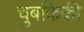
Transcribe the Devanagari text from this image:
चुंबकिकी